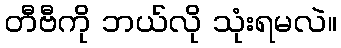
တီဗီကို ဘယ်လို သုံးရမလဲ။